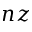
n z